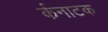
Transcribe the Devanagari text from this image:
र्कनाटक